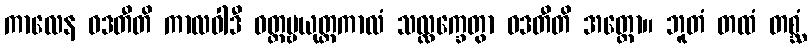
ကာလေန ဝဒတီတိ ကာလဝါဒီ ဝတ္တဗ္ဗယုတ္တကာလံ သလ္လက္ခေတွာ ဝဒတီတိ အတ္ထော။ ဘူတံ တထံ တစ္ဆံ